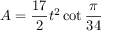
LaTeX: A = { \frac { 1 7 } { 2 } } t ^ { 2 } \cot { \frac { \pi } { 3 4 } }